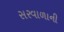
સરવાળાની